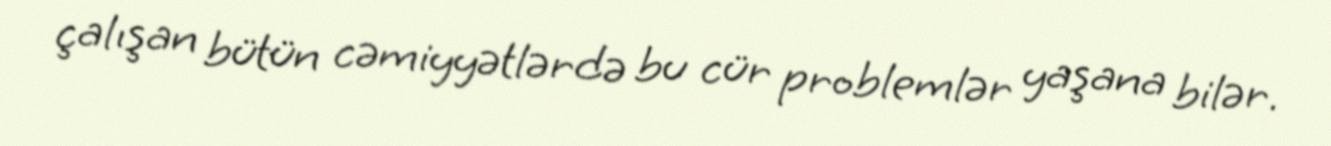
çalışan bütün cəmiyyətlərdə bu cür problemlər yaşana bilər.